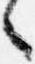
言